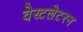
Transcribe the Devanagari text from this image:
वेस्टलेटरन